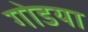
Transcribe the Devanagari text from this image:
गोडया